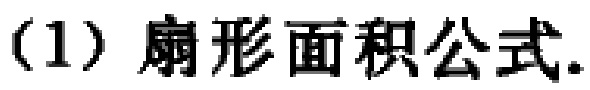
(1) 扇形面积公式.